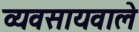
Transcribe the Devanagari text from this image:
व्यवसायवाले